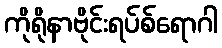
ကိုရိုနာဗိုင်းရပ်စ်ရောဂါ